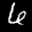
Label: 6